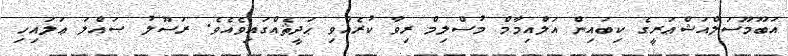
އަބޫމޫސަލްއަޝްޢަރީގެ ކިބައިން އަލްއިމާމް މުސްލިމް ރިވާ ކުރެއްވި ޙަދީޘެއްގައިވެއެވެ. ރަސޫލު ޞައްލަ ޢަލައިހި